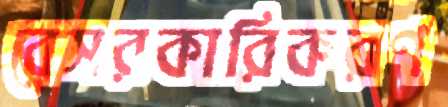
বেসরকারিকরণ